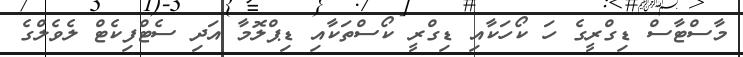
މާސްޓާސް ޑިގްރީގެ ހަ ކޯހަކާއި ޑިގްރީ ކޯސްތަކާއި ޑިޕްލޮމާ އަދި ސެޓްފިކެޓް ލެވެލްގެ